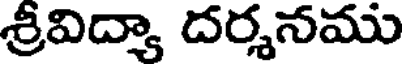
శ్రీవిద్యా దర్శనము